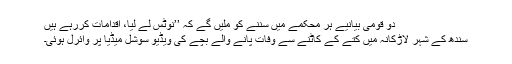
دو قومی بیانیے ہر محکمے میں سننے کو ملیں گے کہ ’’نوٹس لے لیا، اقدامات کررہے ہیں
سندھ کے شہر لاڑکانہ میں کتے کے کاٹنے سے وفات پانے والے بچے کی ویڈیو سوشل میڈیا پر وائرل ہوئی۔